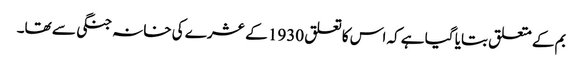
بم کے متعلق بتایا گیا ہے کہ اس کا تعلق 1930 کے عشرے کی خانہ جنگی سے تھا۔